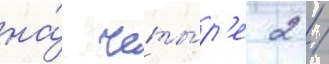
на́ четы́р'е 2 /